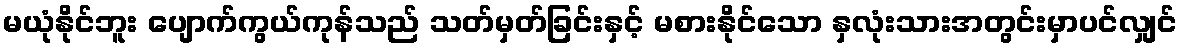
မယုံနိုင်ဘူး ပျောက်ကွယ်ကုန်သည် သတ်မှတ်ခြင်းနှင့် မစားနိုင်သော နှလုံးသားအတွင်းမှာပင်လျှင်